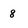
Character: 8